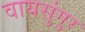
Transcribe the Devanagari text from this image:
वायसुंगुर